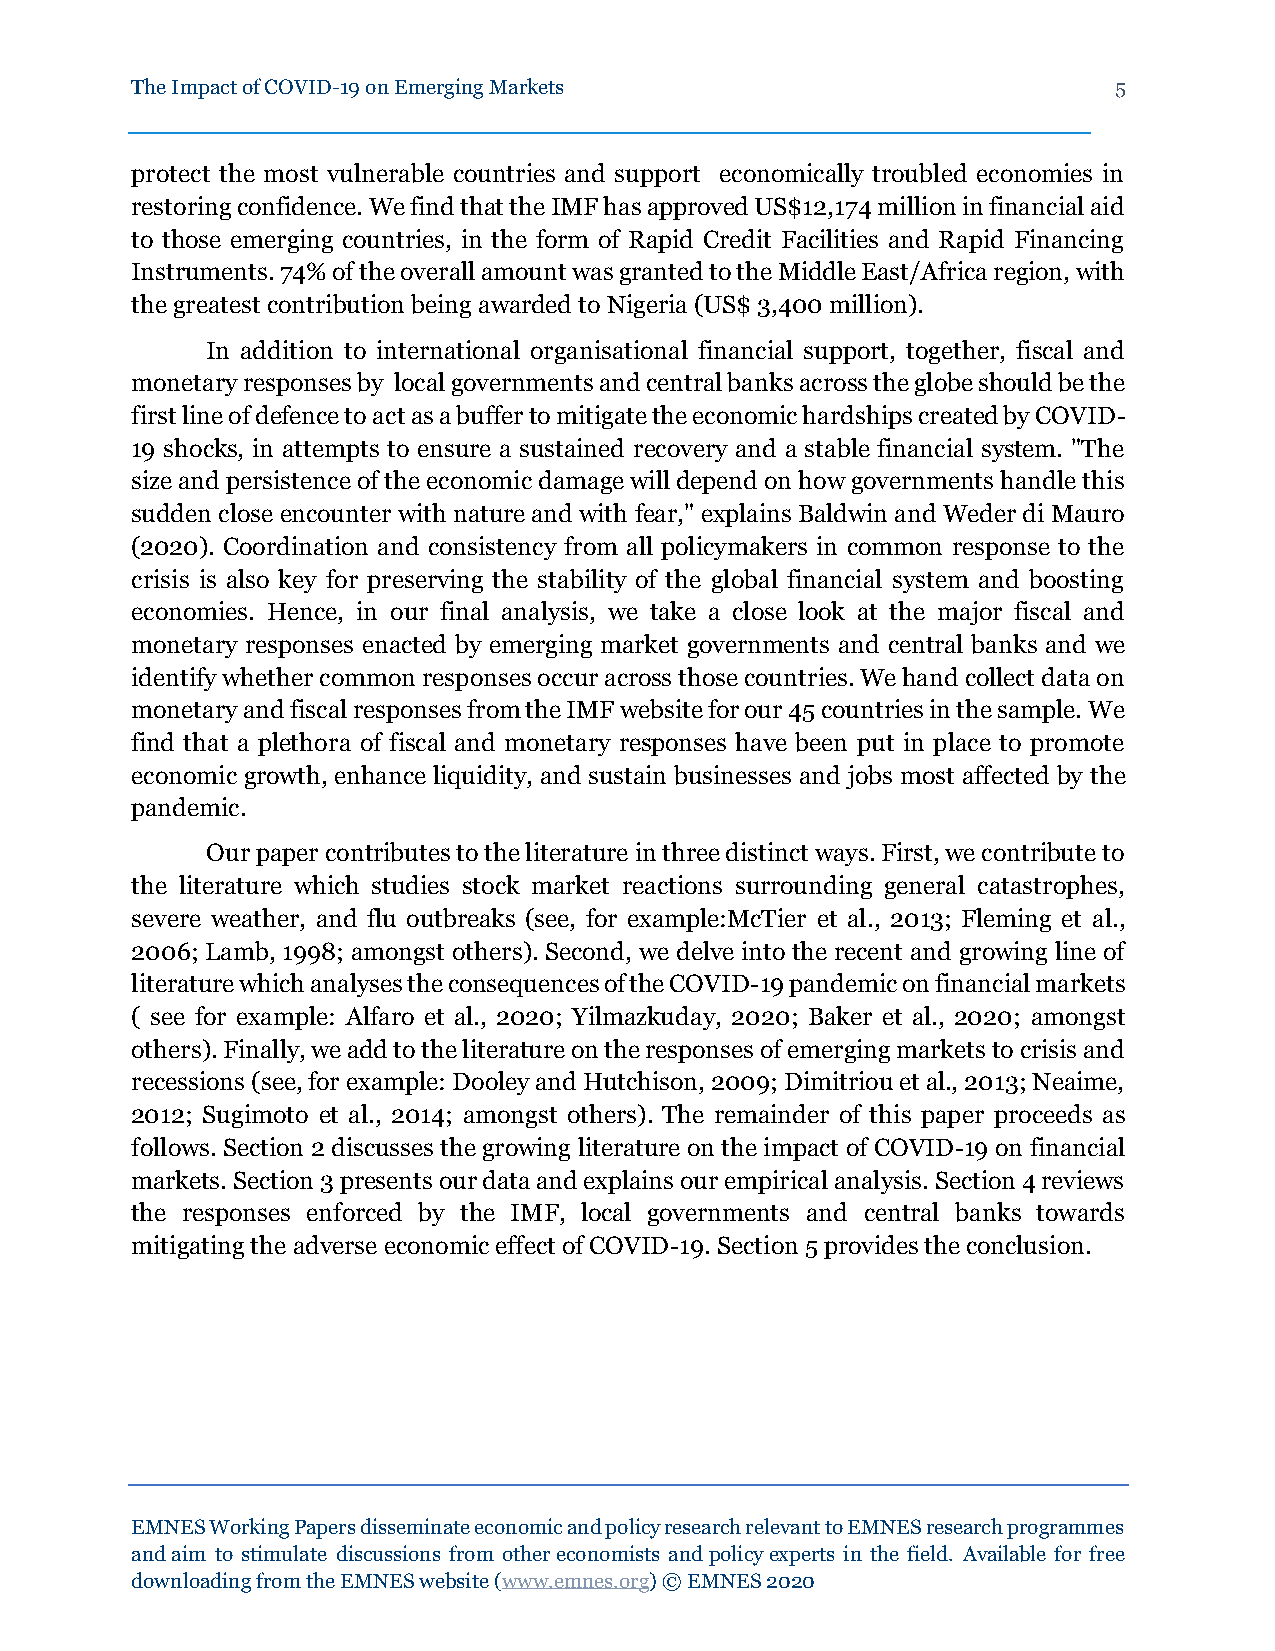
The Impact of COVID-19 on Emerging Markets                       5
 protect the most vulnerable countries and support economically troubled economies in
 restoring confidence. We find that the IMF has approved US$12,174 million in financial aid
 to those emerging countries, in the form of Rapid Credit Facilities and Rapid Financing
 Instruments. 74% of the overall amount was granted to the Middle East/Africa region, with
 the greatest contribution being awarded to Nigeria (US$ 3,400 million).
 In addition to international organisational financial support, together, fiscal and
 monetary responses by local governments and central banks across the globe should be the
 first line of defence to act as a buffer to mitigate the economic hardships created by COVID-
 19 shocks, in attempts to ensure a sustained recovery and a stable financial system. "The
 size and persistence of the economic damage will depend on how governments handle this
 sudden close encounter with nature and with fear," explains Baldwin and Weder di Mauro
 (2020). Coordination and consistency from all policymakers in common response to the
 crisis is also key for preserving the stability of the global financial system and boosting
 economies. Hence, in our final analysis, we take a close look at the major fiscal and
 monetary responses enacted by emerging market governments and central banks and we
 identify whether common responses occur across those countries. We hand collect data on
 monetary and fiscal responses from the IMF website for our 45 countries in the sample. We
 find that a plethora of fiscal and monetary responses have been put in place to promote
 economic growth, enhance liquidity, and sustain businesses and jobs most affected by the
 pandemic.
 Our paper contributes to the literature in three distinct ways. First, we contribute to
 the literature which studies stock market reactions surrounding general catastrophes,
 severe weather, and flu outbreaks (see, for example:McTier et al., 2013; Fleming et al.,
 2006; Lamb, 1998; amongst others). Second, we delve into the recent and growing line of
 literature which analyses the consequences of the COVID-19 pandemic on financial markets
 ( see for example: Alfaro et al., 2020; Yilmazkuday, 2020; Baker et al., 2020; amongst
 others). Finally, we add to the literature on the responses of emerging markets to crisis and
 recessions (see, for example: Dooley and Hutchison, 2009; Dimitriou et al., 2013; Neaime,
 2012; Sugimoto et al., 2014; amongst others). The remainder of this paper proceeds as
 follows. Section 2 discusses the growing literature on the impact of COVID-19 on financial
 markets. Section 3 presents our data and explains our empirical analysis. Section 4 reviews
 the responses enforced by the IMF, local governments and central banks towards
 mitigating the adverse economic effect of COVID-19. Section 5 provides the conclusion.
 EMNES Working Papers disseminate economic and policy research relevant to EMNES research programmes
 and aim to stimulate discussions from other economists and policy experts in the field. Available for free
 downloading from the EMNES website (www.emnes.org) © EMNES 2020